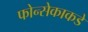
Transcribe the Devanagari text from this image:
फोन्सेकाकडे